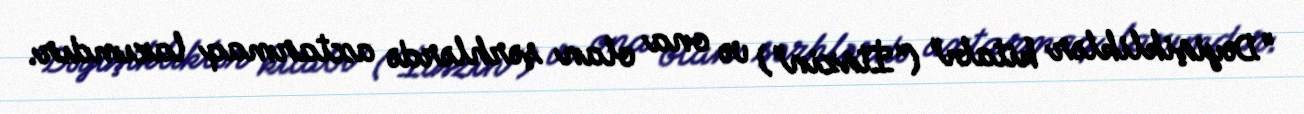
"Dəyişikliklər kitabı" ("İtszin") və ona olan şərhlərdə axtarmaq lazımdır.